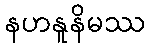
နဟနူနိမဿ